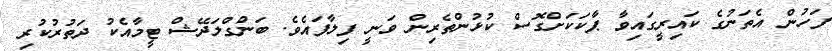
ފަހުން އެތަނުގެ ކައިރީގައިވާ ޕާކަކަށްގޮސް ކުޅުންތެރިން ވަނީ ފިލާފައެވެ. ބަންގްލަދޭޝް ޓީމާއެކު ދަތުރުކުރި